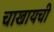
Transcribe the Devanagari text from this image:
चाखायची